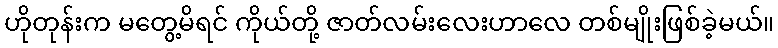
ဟိုတုန်းက မတွေ့မိရင် ကိုယ်တို့ ဇာတ်လမ်းလေးဟာလေ တစ်မျိုးဖြစ်ခဲ့မယ်။